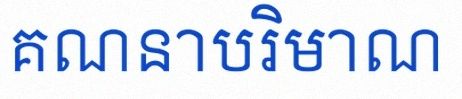
គណនាបរិមាណ